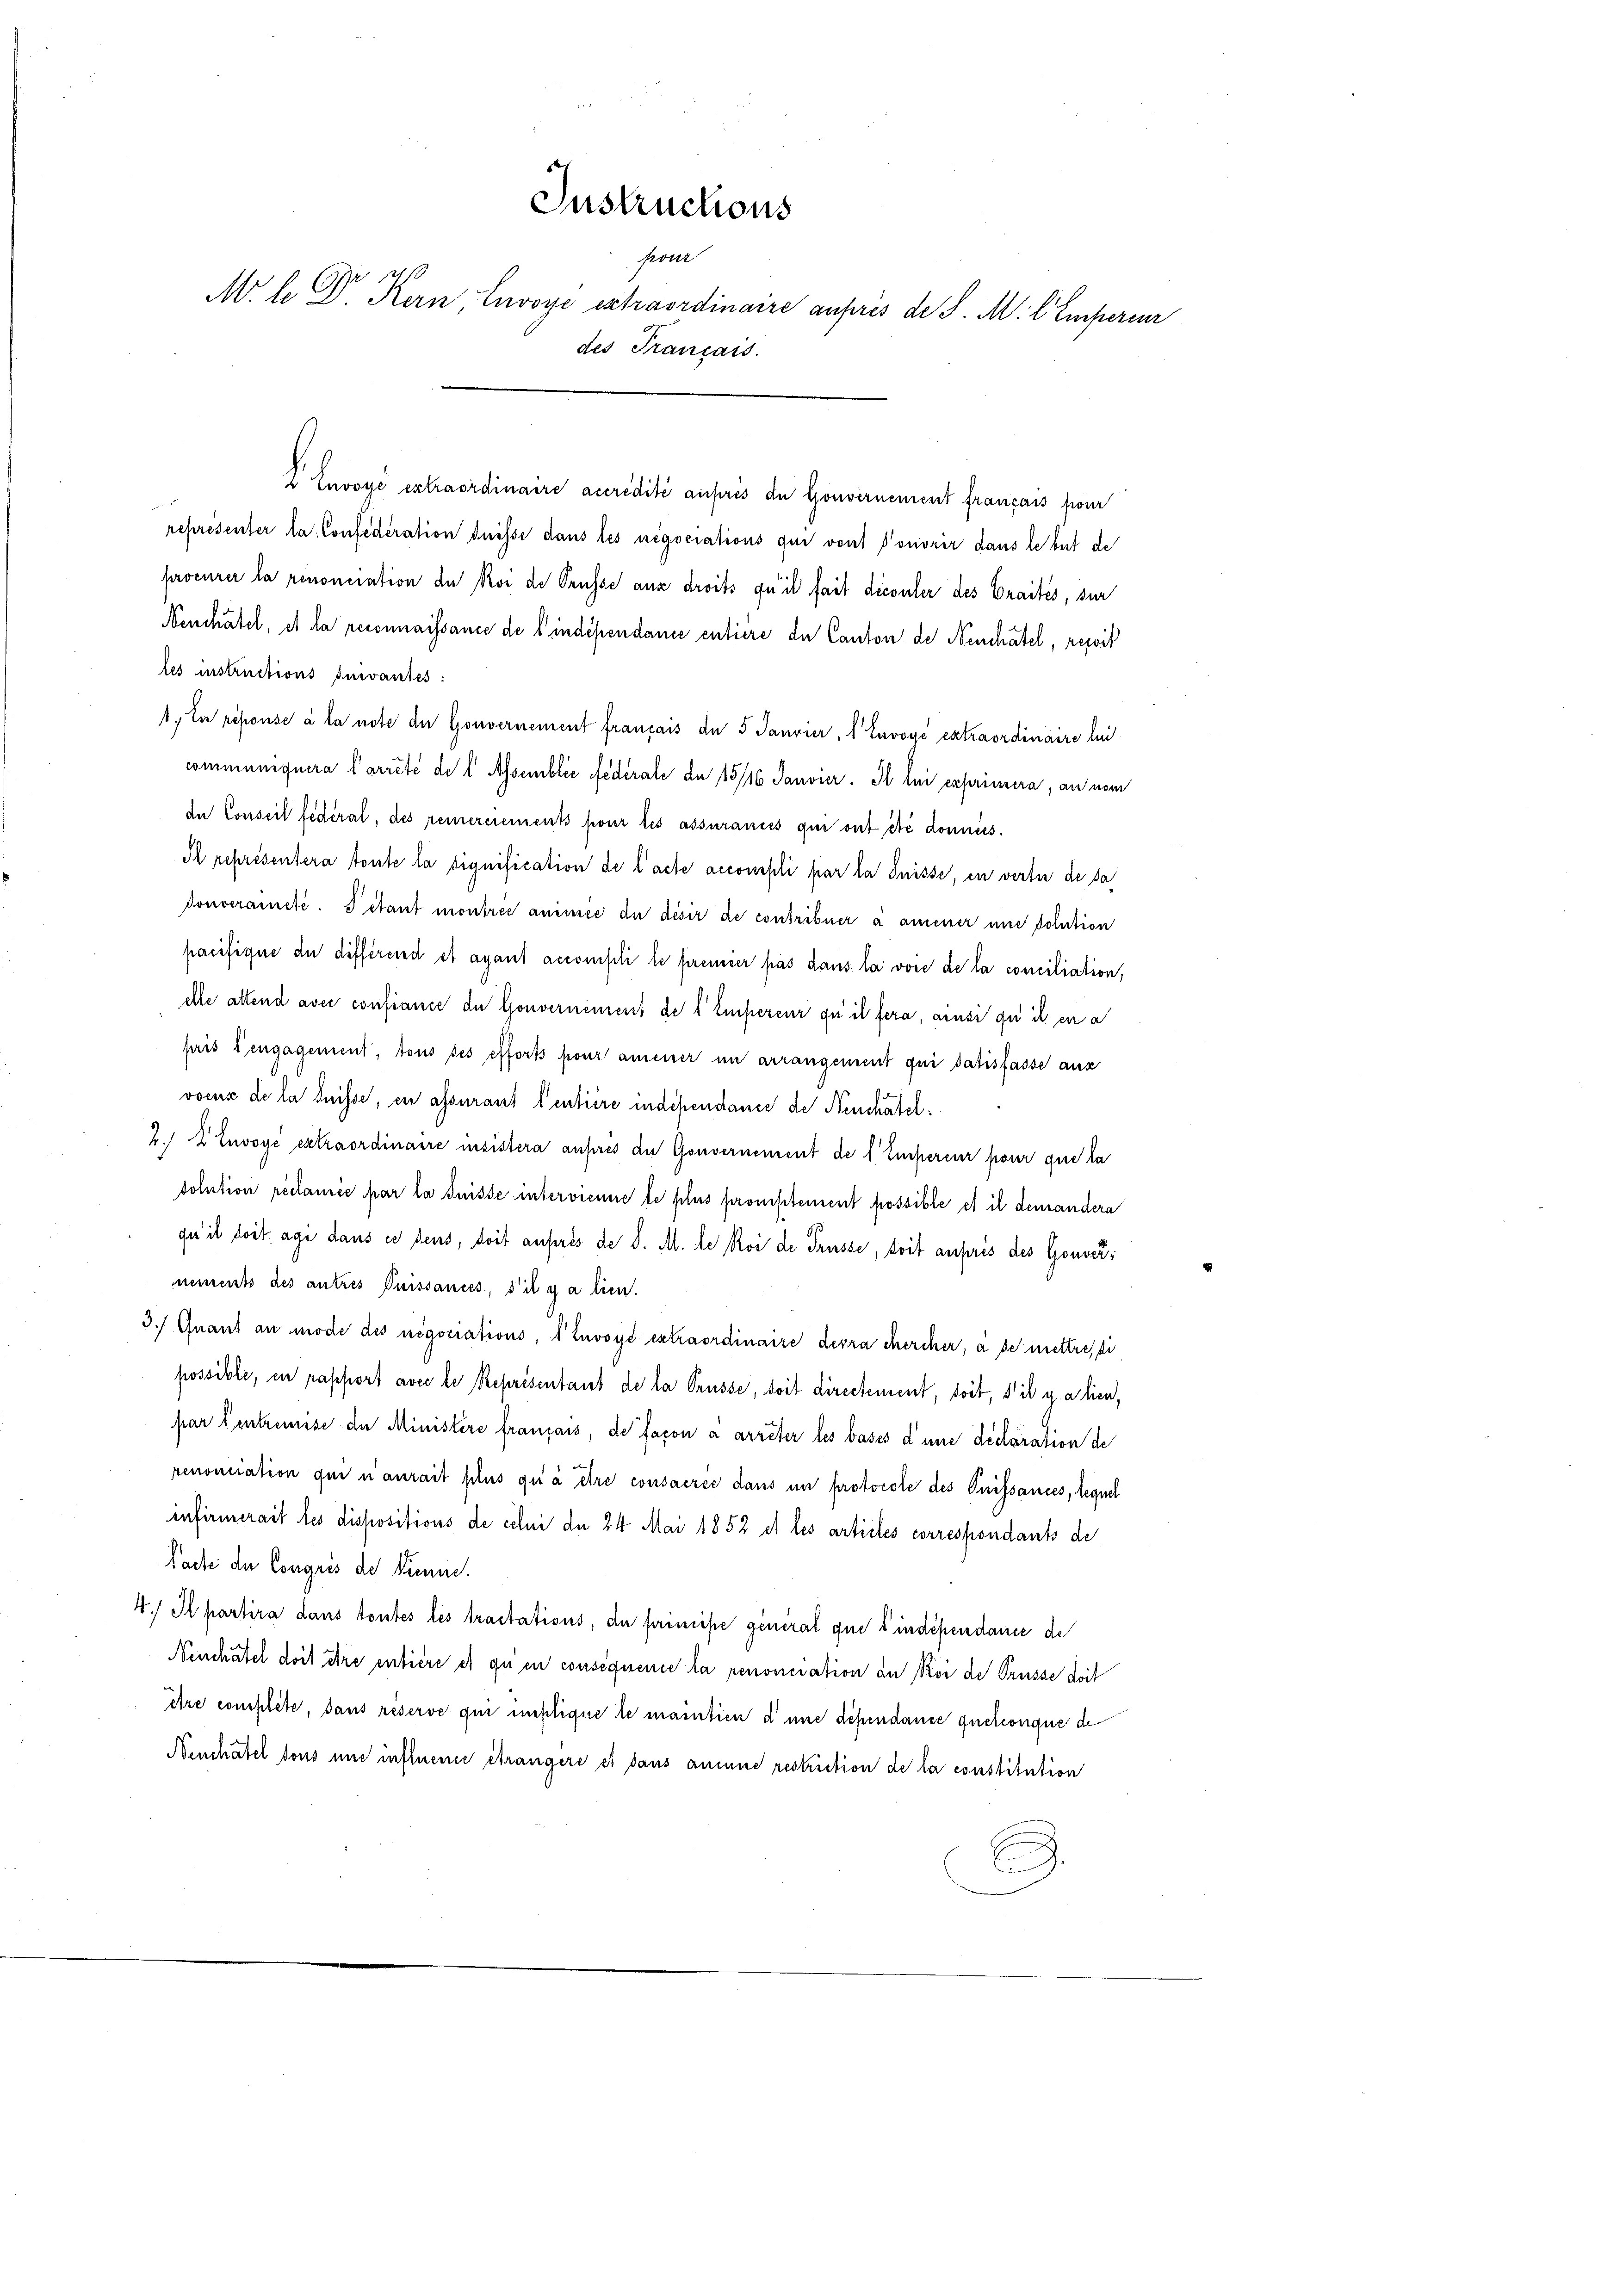
V Envoyé extraordinaire accredite aufris de Gouvernement français pour
e
representer la Confederation duisse dans les negociations qui von Ponorir dans le bist de
procurer la renonciation de Roi der Prusse aus droits qu’il fait découler des Craités, sur
Neuchâtel, et la reconnaissance de lindépendance entière de Canton de Neuchâtel, resit
les instructions suivantes:
1. In réponse à la note der Gouvernement français de 5 Janvier, 1 Envoyé extraordinaire lei
communiquera Parrêté de l Assemblic Federate de 13/16 Janvier. Il lui exprimera, an vom
de Conseil fédéral, des remerciements pour les assurances qui ont été données.
Il représentera toute la signification de l’acte accompli par la Suisse, en verte de sa
donverainete. S étant montree animie du désir de contribuer à amener und solution
pacifique der differend et ayant accompli le prenner pas dans la vor de la conciliation,
elle attend avec confiance de Gouvernement de l'Empereur qui il fera, ainsi qui en a
pris 1 engagement, tous ses efforts pour amener in arrangement qui datisfasse aus
voeux de la dnisse, in assurant lentière indépendance de Neuchatel¬
2./ 2 Envoye extraordinaire insistera außeres der Gouvernement de l'Empereur pour que la
solution reclamée par la Suisse intervienne le plus prompteinent possible et il demandera
qu’ il doit agi dans es sens, doit auprès de d. M. le Roi de Trüsse, soit aupris des Gouvernements des autres Puissances, s’il y a lien.
3. Quant an mode des negociations, 1 Envoyé extraordinaire devra chercher, a de mettressi
possible, in rapport avec le Représentant de la Trüsse, doit directement, soit, s’il y a lieu,
par Centrumise de Ministere français, de facon a arrêter les bases d’une déclaration de
renonciation qui n aurait plus qui à être consacrée dans un protocole des Puissances, lequel
infirmerait les dispositions de celui de 24 Mai 1852 et les articles correspondants de
Pacte de Congrés de Pienne.
4. Il partira dans toutes les tractations, du principe general que sindépendance de
Neuchâtel doit être entière es zu en conséquence la renoneration der Koi de Trüsse doit
être complete, dans réserve qui instique le maintien d’une dependance quelconque de
Benchatel sons und influence étrangere es dans aucune restriction de la constitution

Instructions
Gevat
i 1276
M. Le D. Kern, Luvoye extraordinaire aufres de S. M. l. Empercur
des Français.